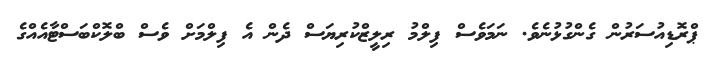
ޕްރޮޑިއުސަރުން ގެންގުޅުނެވެ. ނަމަވެސް ފިލްމު ރިލީޒްކުރިޔަސް ދެން އެ ފިލްމަށް ވެސް ބްލޮކްބަސްޓާއެއްގެ